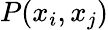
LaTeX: P(x_{i},x_{j})